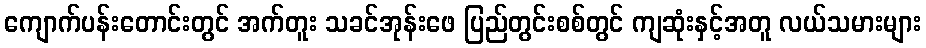
ကျောက်ပန်းတောင်းတွင် အက်တူး သခင်အုန်းဖေ ပြည်တွင်းစစ်တွင် ကျဆုံးနှင့်အတူ လယ်သမားများ